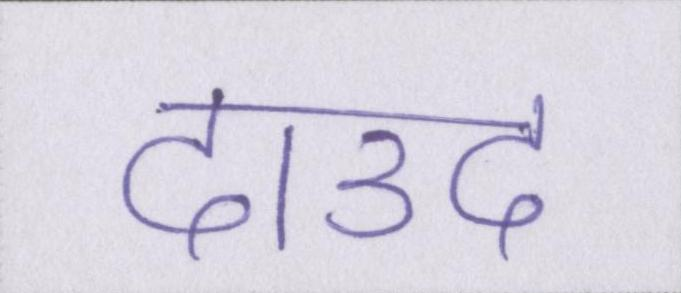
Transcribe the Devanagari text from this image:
दाउद